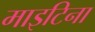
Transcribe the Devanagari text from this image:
माइटिना